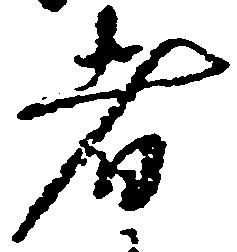
者